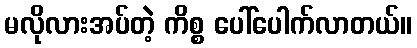
မလိုလားအပ်တဲ့ ကိစ္စ ပေါ်ပေါက်လာတယ်။